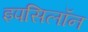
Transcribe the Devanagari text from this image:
इपसिलॉन